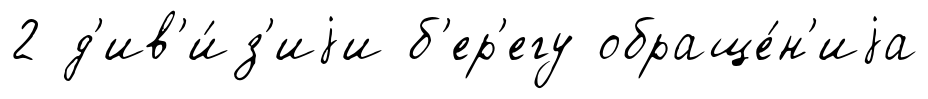
2 д'ив'и́з'иjи б'ер'егу обраще́н'иjа